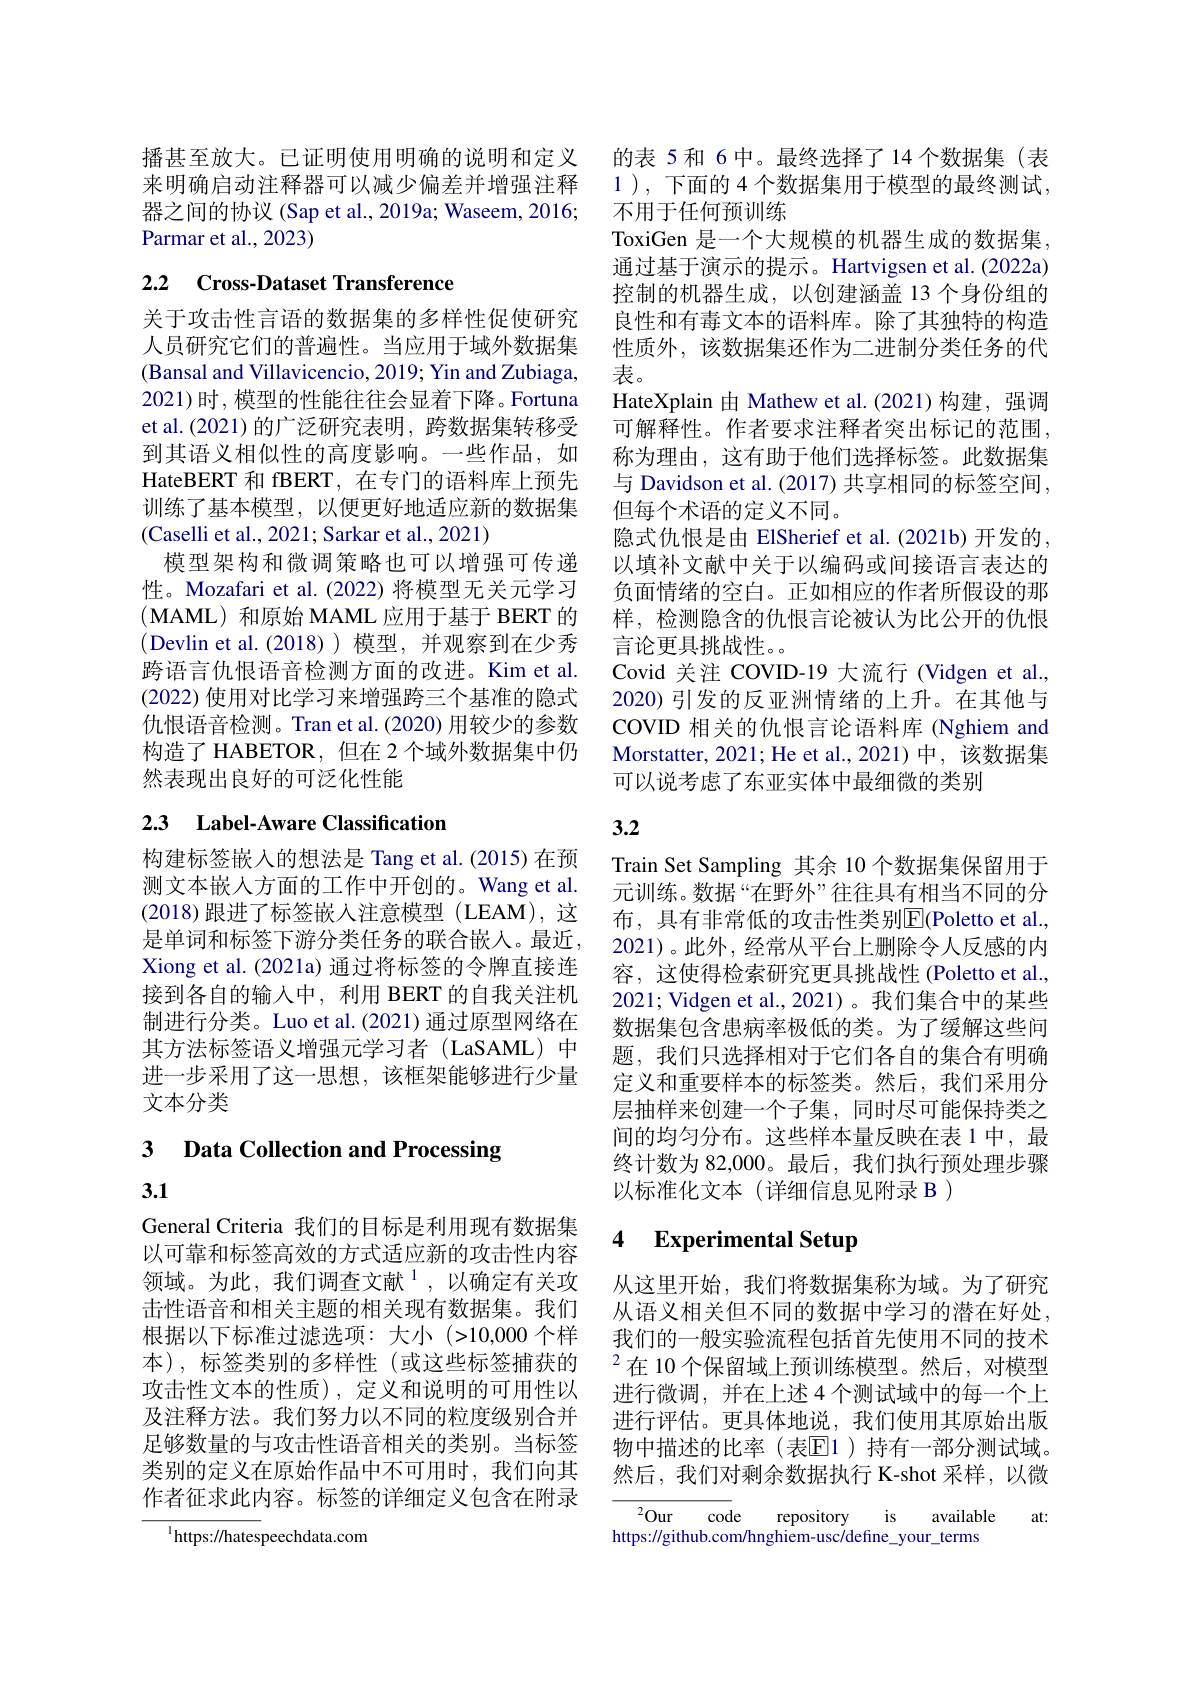
播甚至放大。已证明使用明确的说明和定义 的表 5和 6中。最终选择了14个数据集(表来明确启动注释器可以减少偏差并增强注释 1), 下面的4 个数据集用于模型的最终测试， 器之间的协议 (Sap et al., 2019a; Waseem, 2016;
Parmar et al., 2023)

# 2.2 Cross-Dataset Transference

关于攻击性言语的数据集的多样性促使研究人员研究它们的普遍性。当应用于域外数据集(Bansal and Villavicencio, 2019; Yin and Zubiaga, 2021)时，模型的性能往往会显着下降。Fortuna et al.(2021)的广泛研究表明，跨数据集转移受到其语义相似性的高度影响。一些作品，如HateBERT 和 fBERT, 在专门的语料库上预先训练了基本模型，以便更好地适应新的数据集(Caselli et al., 2021; Sarkar et al., 2021)
模型架构和微调策略也可以增强可传递性。Mozafari et al.(2022) 将模型无关元学习(MAML)和原始 MAML 应用于基于 BERT 的(Devlin et al.(2018))模型，并观察到在少秀跨语言仇恨语音检测方面的改进。Kim et al. (2022) 使用对比学习来增强跨三个基准的隐式仇恨语音检测。Tran et al.(2020) 用较少的参数构造了 HABETOR, 但在 2 个域外数据集中仍然表现出良好的可泛化性能

# 2.3 Label-Aware Classification

构建标签嵌入的想法是 Tang et al.(2015)在预测文本嵌入方面的工作中开创的。Wang et al. (2018)跟进了标签嵌入注意模型 (LEAM),这是单词和标签下游分类任务的联合嵌入。最近， Xiong et al. (2021a) 通过将标签的令牌直接连接到各自的输入中，利用 BERT 的自我关注机制进行分类。Luo et al.(2021) 通过原型网络在其方法标签语义增强元学习者(LaSAML)中进一步采用了这一思想，该框架能够进行少量文本分类

# 3 Data Collection and Processing

3.1

General Criteria 我们的目标是利用现有数据集以可靠和标签高效的方式适应新的攻击性内容领域。为此，我们调查文献$^{1}$,以确定有关攻击性语音和相关主题的相关现有数据集。我们根据以下标准过滤选项：大小(>10,000 个样本),标签类别的多样性(或这些标签捕获的攻击性文本的性质),定义和说明的可用性以及注释方法。我们努力以不同的粒度级别合并足够数量的与攻击性语音相关的类别。当标签类别的定义在原始作品中不可用时，我们向其作者征求此内容。标签的详细定义包含在附录

${^{1}\mathrm{https://hates}}$peechdata.com

不用于任何预训练
ToxiGen 是一个大规模的机器生成的数据集。通过基于演示的提示。Hartvigsen et al.(2022a) 控制的机器生成，以创建涵盖 13 个身份组的良性和有毒文本的语料库。除了其独特的构造性质外，该数据集还作为二进制分类任务的代表。
HateXplain 由 Mathew et al.(2021)构建，强调可解释性。作者要求注释者突出标记的范围， 称为理由，这有助于他们选择标签。此数据集与 Davidson et al. (2017) 共享相同的标签空间， 但每个术语的定义不同。
隐式仇恨是由 ElSherief et al.(2021b) 开发的， 以填补文献中关于以编码或间接语言表达的负面情绪的空白。正如相应的作者所假设的那样，检测隐含的仇恨言论被认为比公开的仇恨言论更具挑战性。。
Covid 关注 COVID-19 大流行 (Vidgen et al., 2020) 引发的反亚洲情绪的上升。在其他与COVID 相关的仇恨言论语料库 (Nghiem and Morstatter, 2021; He et al. , 2021) 中 , 该数据集可以说考虑了东亚实体中最细微的类别

# 3.2

Train Set Sampling 其余 10 个数据集保留用于元训练。数据“在野外”往往具有相当不同的分布，具有非常低的攻击性类别$\overline{\mathbb{E}}$(Poletto et al., 2021)。此外，经常从平台上删除令人反感的内容，这使得检索研究更具挑战性 (Poletto et al., 2021; Vidgen et al.,2021)。我们集合中的某些数据集包含患病率极低的类。为了缓解这些问题，我们只选择相对于它们各自的集合有明确定义和重要样本的标签类。然后，我们采用分层抽样来创建一个子集，同时尽可能保持类之间的均匀分布。这些样本量反映在表 1 中，最终计数为 82,000。最后，我们执行预处理步骤以标准化文本(详细信息见附录 B )

### 4 Experimental Setup

从这里开始，我们将数据集称为域。为了研究从语义相关但不同的数据中学习的潜在好处， 我们的一般实验流程包括首先使用不同的技术$^2$在10个保留域上预训练模型。然后，对模型进行微调，并在上述4个测试域中的每一个上进行评估。更具体地说，我们使用其原始出版物中描述的比率(表$\mathbb{E}$1)持有一部分测试域。然后，我们对剩余数据执行 K-shot 采样，以微

${}^{2}$Our code repository is available
at:
https://github.com/hnghiem-usc/define_your_terms